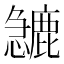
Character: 𱟙